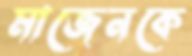
মাজেনকে